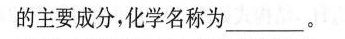
的主要成分，化学名称为___。